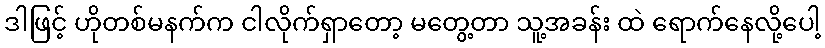
ဒါဖြင့် ဟိုတစ်မနက်က ငါလိုက်ရှာတော့ မတွေ့တာ သူ့အခန်း ထဲ ရောက်နေလို့ပေါ့